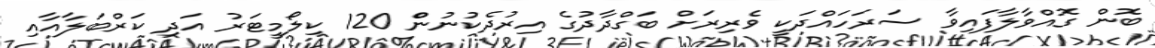
ބޮން ގޮއްވާލާފައިވާ ސަރަހައްދަކީ ވެރިރަށް ބަގްދާދުގެ އިރުދެކުނުންް 120 ކިލޯމީޓަރު އަދި ކަރްބަލާއާއި